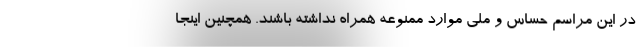
در این مراسم حساس و ملی موارد ممنوعه همراه نداشته باشند. همچنین اینجا